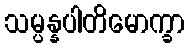
သမ္ပန္နပါတိမောက္ခာ